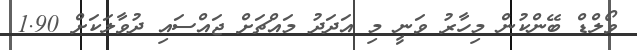
ވޯލްޑް ބޭންކުން މިހާރު ވަނީ މި އަދަދު މައްޗަށް ޖައްސައި ދުވާލަކަށް 1.90